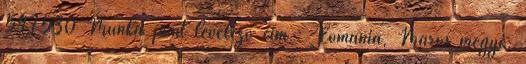
547530 Munka pont levelező cím : Románia, Maros megye,